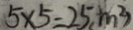
5 \times 5 = 2 5 ( m ^ { 2 } )